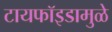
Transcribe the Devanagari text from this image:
टायफॉइडामुळे